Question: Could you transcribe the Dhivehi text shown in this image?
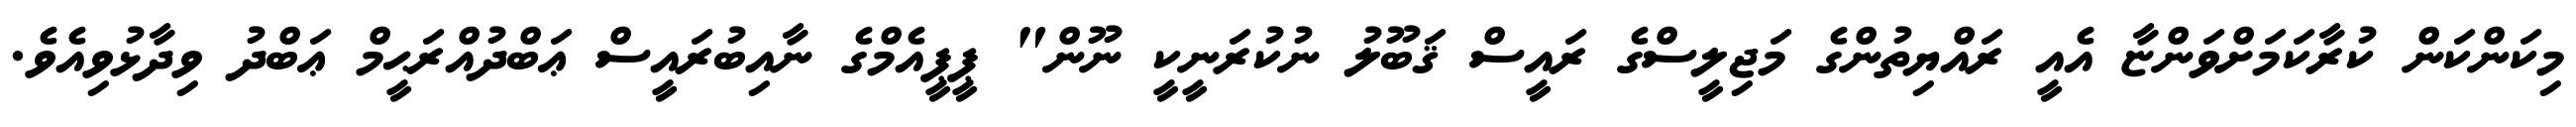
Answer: މިކަންކަން ކުރާކަމަށްވަންޏާ އެއީ ރައްޔިތުންގެ މަޖިލީސްގެ ރައީސް ޤަބޫލު ނުކުރަނީކީ ނޫން" ޕީޕީއެމްގެ ނާއިބުރައީސް ޢަބްދުއްރަޙީމް ޢަބްދު ވިދާޅުވިއެވެ.